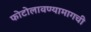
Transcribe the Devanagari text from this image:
फोटोलावण्यामागची